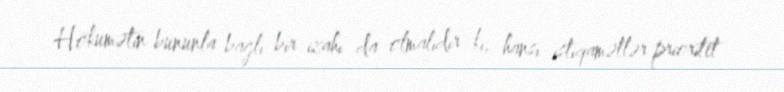
Hökumətin bununla bağlı bir izahı da olmalıdır ki, hansı istiqamətlər prioritet